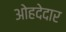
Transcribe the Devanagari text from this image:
ओहदेदार